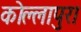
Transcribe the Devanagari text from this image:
कोल्लापुरा